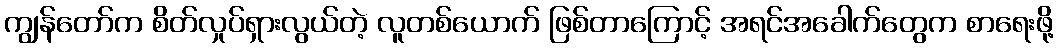
ကျွန်တော်က စိတ်လှုပ်ရှားလွယ်တဲ့ လူတစ်ယောက် ဖြစ်တာကြောင့် အရင်အခေါက်တွေက စာရေးဖို့